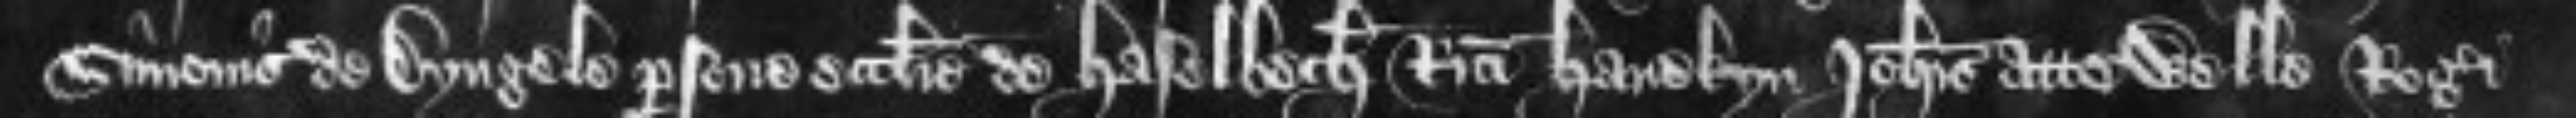
Simonis de Dyngele persone ecclesie de Haselbech Ricardi Hanekyn Johannis atte Welle Rogeri